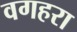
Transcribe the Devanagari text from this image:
वगहरा